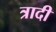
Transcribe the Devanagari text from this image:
त्रादी